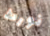
نورث